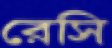
রেসি